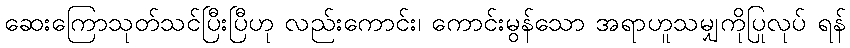
ဆေးကြောသုတ်သင်ပြီးပြီဟု လည်းကောင်း၊ ကောင်းမွန်သော အရာဟူသမျှကိုပြုလုပ် ရန်